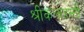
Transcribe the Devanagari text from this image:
श्रीकलाहस्ती